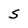
Character: S